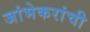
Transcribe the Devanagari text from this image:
जांभेकरांची